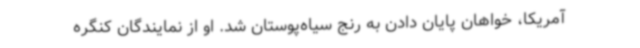
آمریکا، خواهان پایان دادن به رنج سیاه‌پوستان شد. او از نمایندگان کنگره